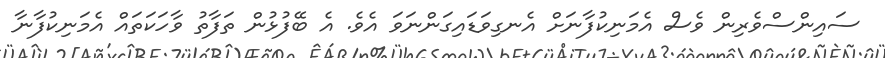
ސައިންސްވެރިން ވެސް އެމަނިކުފާނަށް އެނގިވަޑައިގަންނަވަ އެވެ. އެ ބޭފުޅުން ތަފާތު ވާހަަކަތައް އެމަނިކުފާނާ